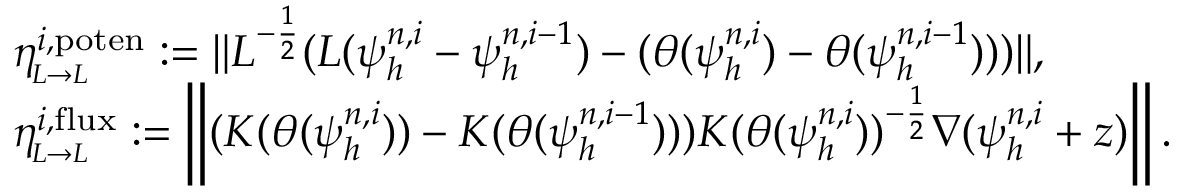
\begin{array} { r l } & { \eta _ { \! _ { L \to L } } ^ { i , \mathrm { p o t e n } } : = \| L ^ { - \frac { 1 } { 2 } } ( L ( \psi _ { h } ^ { n , i } - \psi _ { h } ^ { n , i - 1 } ) - ( \theta ( \psi _ { h } ^ { n , i } ) - \theta ( \psi _ { h } ^ { n , i - 1 } ) ) ) \| , } \\ & { \eta _ { \! _ { L \to L } } ^ { i , \mathrm { f l u x } } : = \left\| ( K ( \theta ( \psi _ { h } ^ { n , i } ) ) - K ( \theta ( \psi _ { h } ^ { n , i - 1 } ) ) ) K ( \theta ( \psi _ { h } ^ { n , i } ) ) ^ { - \frac { 1 } { 2 } } \nabla ( \psi _ { h } ^ { n , i } + z ) \right\| . } \end{array}